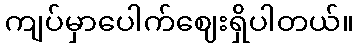
ကျပ်မှာပေါက်ဈေးရှိပါတယ်။